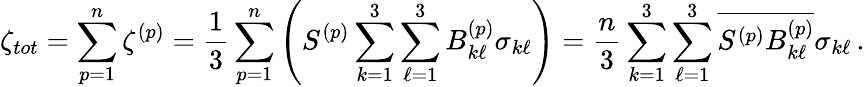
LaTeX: \zeta_{tot}=\sum_{p=1}^{n}\zeta^{(p)}=\frac{1}{3}\sum_{p=1}^{n}\left(S^{(p)}\sum_{k=1}^{3}\sum_{\ell=1}^{3}B_{k\ell}^{(p)}\sigma_{k\ell}\right)=\frac{n}{3}\sum_{k=1}^{3}\sum_{\ell=1}^{3}{\overline{{S^{(p)}B_{k\ell}^{(p)}}}}\sigma_{k\ell}\, .